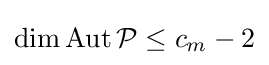
\dim \operatorname {Aut} {\mathcal {P}}\leq c_{m}-2